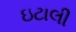
ઇટાલી